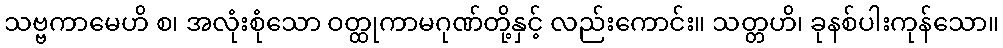
သဗ္ဗကာမေဟိ စ၊ အလုံးစုံသော ဝတ္ထုကာမဂုဏ်တို့နှင့် လည်းကောင်း။ သတ္တဟိ၊ ခုနစ်ပါးကုန်သော။